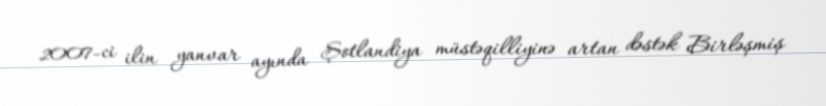
2007-ci ilin yanvar ayında Şotlandiya müstəqilliyinə artan dəstək Birləşmiş